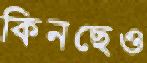
কিনছেও